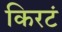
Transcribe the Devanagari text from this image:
किरटं